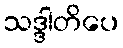
သဒ္ဒါတိပေ